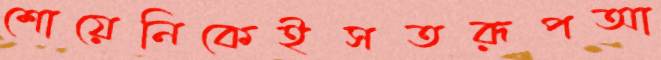
শোয়েনিকেইসতরূপআ